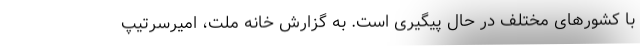
با کشور‌های مختلف در حال پیگیری است. به گزارش خانه ملت، امیرسرتیپ